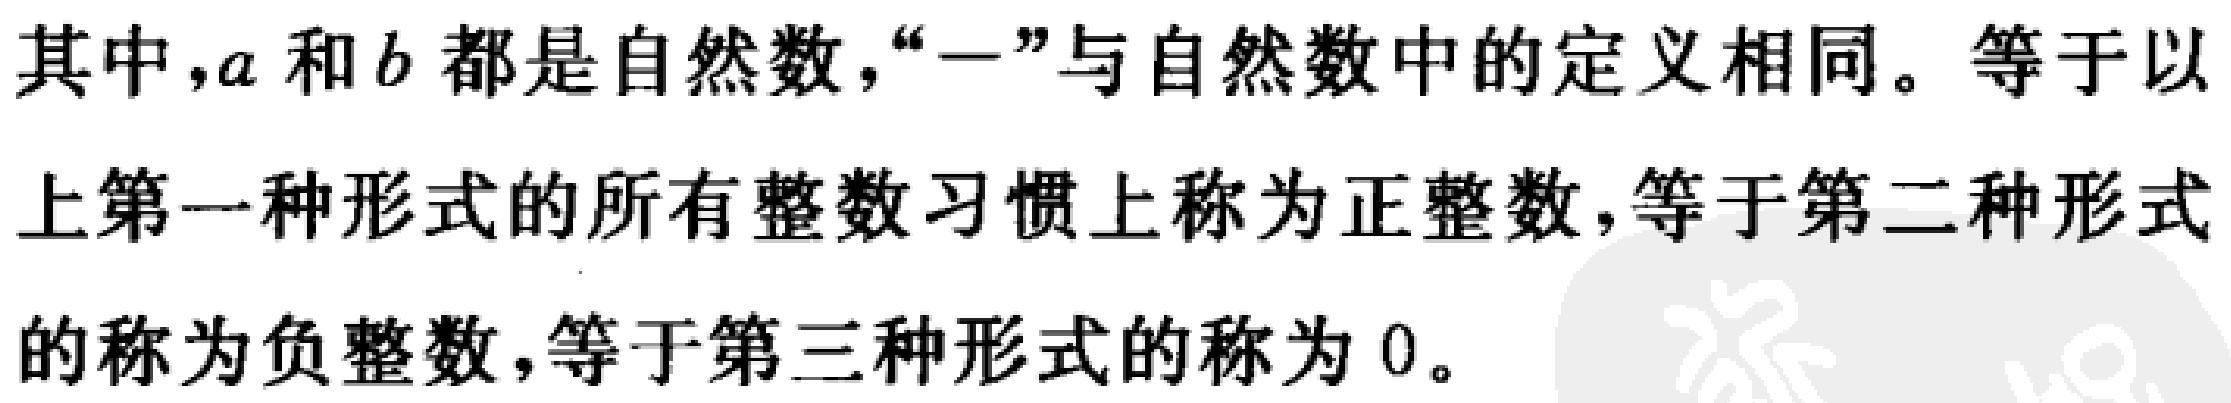
其中，\(a\)和\(b\)都是自然数，“\(-\)”与自然数中的定义相同。等于以上第一种形式的所有整数习惯上称为正整数，等于第二种形式的称为负整数，等于第三种形式的称为\(0\)。